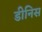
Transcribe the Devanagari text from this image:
डीनिस